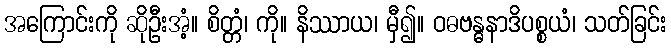
အကြောင်းကို ဆိုဦးအံ့။ စိတ္တံ၊ ကို။ နိဿာယ၊ မှီ၍။ ဝဓဗန္ဓနာဒိပစ္စယံ၊ သတ်ခြင်း